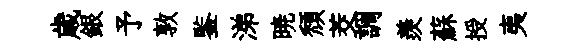
歳銀予敦鍳涕暁頽茭調羨蘇授夷